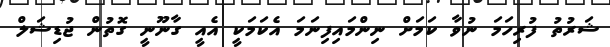
ޝަރުތު ފުރިހަމަ ނުވާ ކަމަށް ނިންމައިފިނަމަ އެކަމަކީ އެއީ ގާނޫނީ ގޮތުން ޖުޑިޝަލް